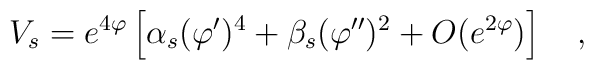
V_s=e^{4\varphi}\left[\alpha_s (\varphi')^4+\beta_s(\varphi'')^2+O(e^{2\varphi})\right]~~~,